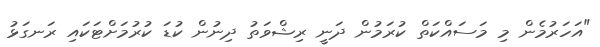
"އަހަރުމެން މި މަސައްކަތް ކުރަމުން ދަނީ ރިޝްވަތު ދިނުން ކުޑަ ކުރުމަށްޓަކައި ރަނގަޅު